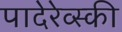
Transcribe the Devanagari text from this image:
पादेरेव्स्की